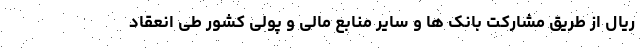
ریال از طریق مشارکت بانک ها و سایر منابع مالی و پولی کشور طی انعقاد